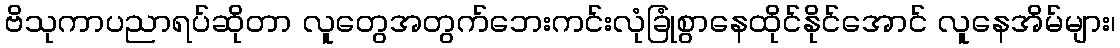
ဗိသုကာပညာရပ်ဆိုတာ လူတွေအတွက်ဘေးကင်းလုံခြုံစွာနေထိုင်နိုင်အောင် လူနေအိမ်များ၊